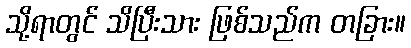
သို့ရာတွင် သိပြီးသား ဖြစ်သည်က တခြား။